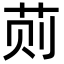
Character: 荝